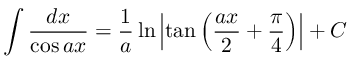
\int { \frac { d x } { \cos a x } } = { \frac { 1 } { a } } \ln \left| \tan \left( { \frac { a x } { 2 } } + { \frac { \pi } { 4 } } \right) \right| + C